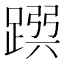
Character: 𨂳